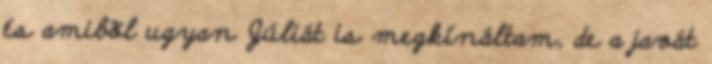
és amibõl ugyan Júliát is megkínáltam, de a javát